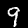
Digit: 9